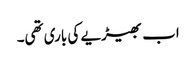
اب بھیڑیے کی باری تھی۔